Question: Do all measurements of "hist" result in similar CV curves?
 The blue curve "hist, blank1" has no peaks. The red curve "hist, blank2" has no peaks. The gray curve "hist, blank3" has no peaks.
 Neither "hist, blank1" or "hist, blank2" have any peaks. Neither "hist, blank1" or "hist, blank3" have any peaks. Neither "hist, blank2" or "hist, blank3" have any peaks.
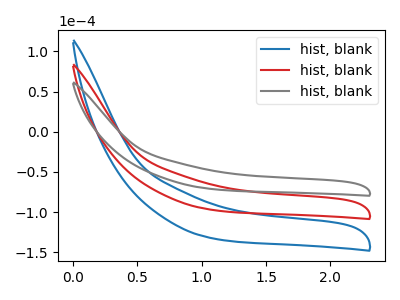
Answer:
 <answer>All the CV's of "hist" have similar shape.</answer>
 <eval>follow_rule</eval>